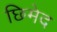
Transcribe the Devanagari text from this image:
छिमेद